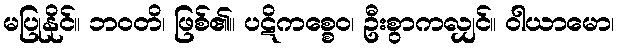
မပြုနိုင်။ ဘဝတိ၊ ဖြစ်၏။ ပဋိကစ္စေဝ၊ ဦးစွာကလျှင်။ ဝါယာမော၊